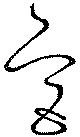
宮